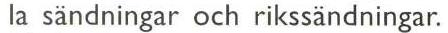
la sändningar och rikssändningar.